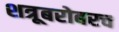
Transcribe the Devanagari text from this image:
शत्रूबरोबरच